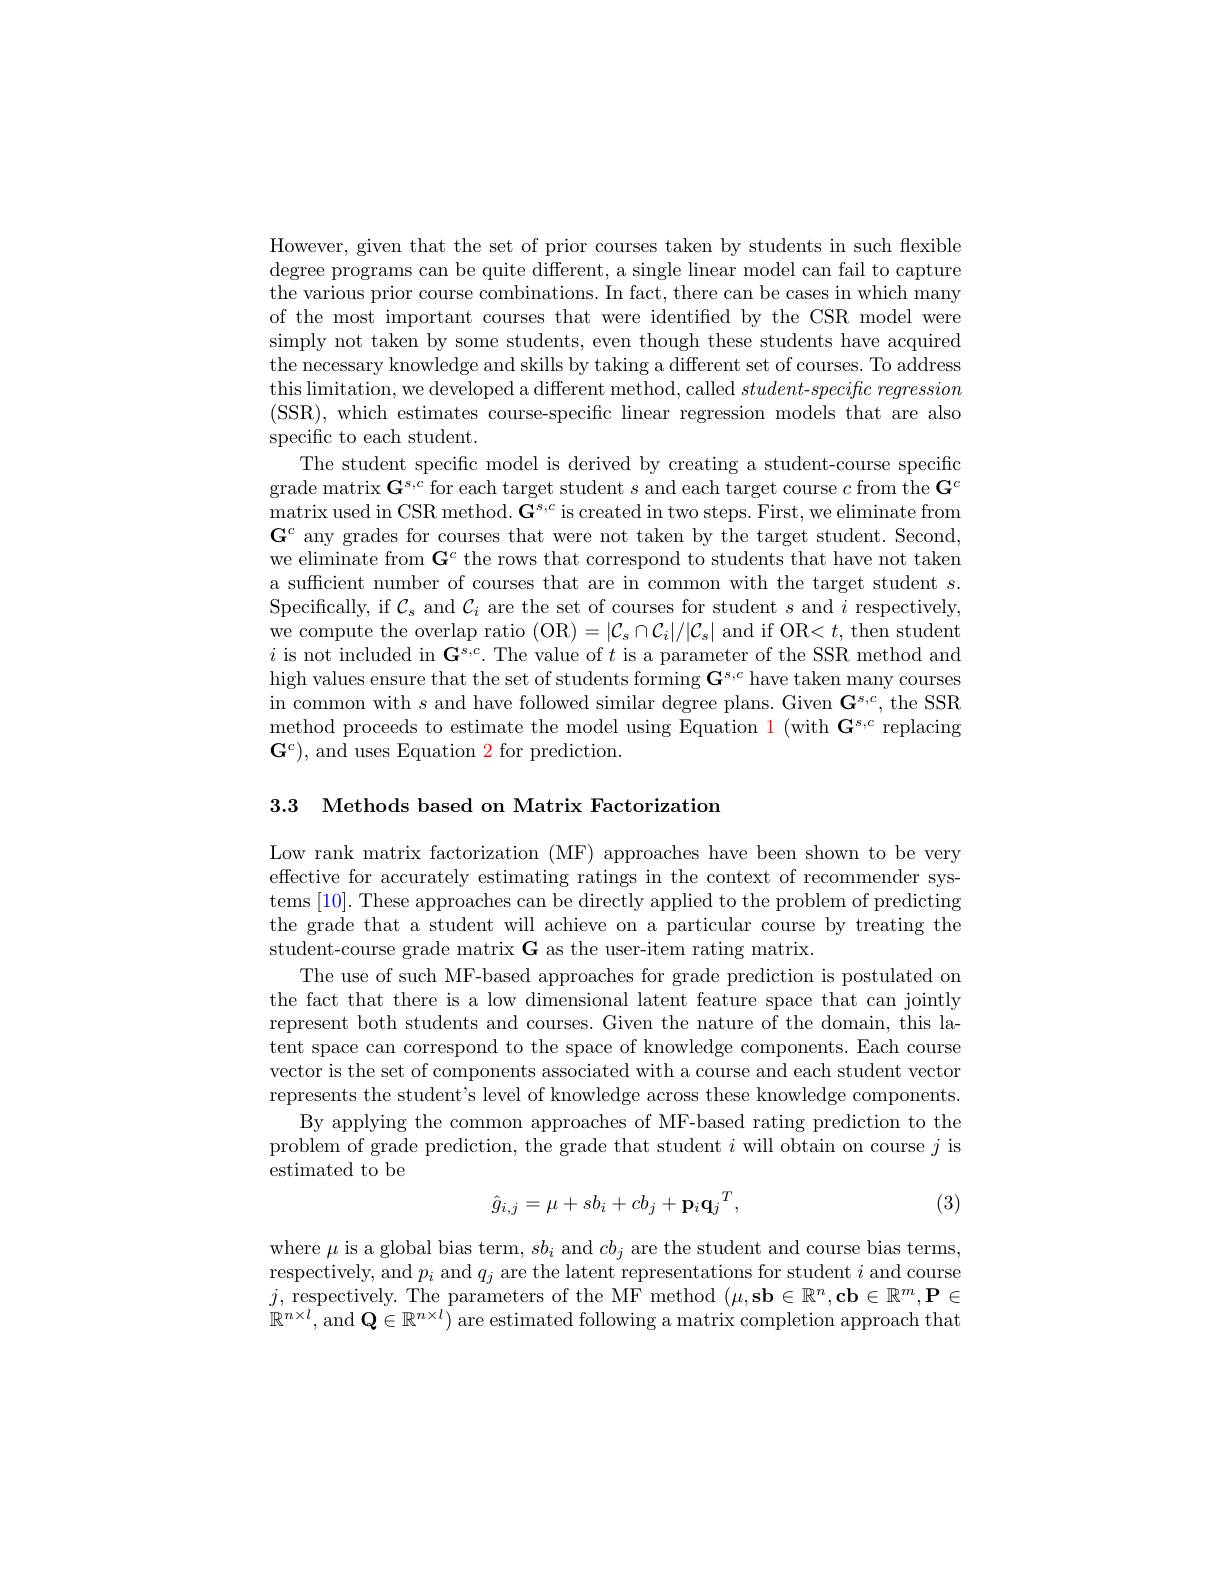
However, given that the set of prior courses taken by students in such flexible degree programs can be quite different, a single linear model can fail to capture the various prior course combinations. In fact, there can be cases in which many of the most important courses that were identified by the CSR model were simply not taken by some students, even though these students have acquired the necessary knowledge and skills by taking a different set of courses. To address this limitation, we developed a different method, called $student- specific\textit{ regression}$ (SSR),which estimates course-specific linear regression models that are also specific to each student.
The student specific model is derived by creating a student-course specific grade matrix $\mathbf{G}^s,c$ for each target student $s$ and each target course $c$ from the $\mathbf{G}^c$ matrix used in CSR method. $\mathbf{G}^{s,c}$ is created in two steps. First, we eliminate from $\mathbf{G}^{c}$ any grades for courses that were not taken by the target student. Second, we eliminate from $\mathbf{G}^c$ the rows that correspond to students that have not taken a sufficient number of courses that are in common with the target student $s.$ Specifically, if $\mathcal{C}_s$ and $\mathcal{C}_i$ are the set of courses for student $s$ and $i$ respectively, we compute the overlap ratio (OR$)=|\mathcal{C}_s\cap\mathcal{C}_i|/|\mathcal{C}_s|$ and if OR<$t$, then student $i$ is not included in $\mathbf{G}^s,c.$ The value of $t$ is a parameter of the SSR method and high values ensure that the set of students forming $\mathbf{G}^{s,c}$ have taken many courses in common with $s$ and have followed similar degree plans. Given $\mathbf{G}^{s,c}$, the SSR method proceeds to estimate the model using Equation 1 (with $\mathbf{G}^{s,c}$ replacing $\mathbf{G}^{c})$, and uses Equation 2 for prediction.

3.3 Methods based on Matrix Factorization

Low rank matrix factorization (MF) approaches have been shown to be very effective for accurately estimating ratings in the context of recommender systems [10]. These approaches can be directly applied to the problem of predicting the grade that a student will achieve on a particular course by treating the student-course grade matrix G as the user-item rating matrix.
The use of such MF-based approaches for grade prediction is postulated on the fact that there is a low dimensional latent feature space that can jointly represent both students and courses. Given the nature of the domain, this latent space can correspond to the space of knowledge components. Each course vector is the set of components associated with a course and each student vector represents the student's level of knowledge across these knowledge components.
By applying the common approaches of MF-based rating prediction to the problem of grade prediction, the grade that student $i$ will obtain on course $j$ is estimated to be
$$\hat{g}_{i,j}=\mu+sb_i+cb_j+\mathbf{p}_i\mathbf{q}_j{}^T,$$
(3)

where $\mu$ is a global bias term, $sb_i$ and $cb_j$ are the student and course bias terms, respectively, and $p_i$ and $q_j$ are the latent representations for student $i$ and course $j$, respectively. The parameters of the MF method $(\mu,\mathbf{sb}\in\mathbb{R}^n,\mathbf{cb}\in\mathbb{R}^m,\mathbf{P}\in$ $\mathbb{R}^{n\times l}$, and $\mathbf{Q}\in\mathbb{R}^n\times l)$ are estimated following a matrix completion approach that